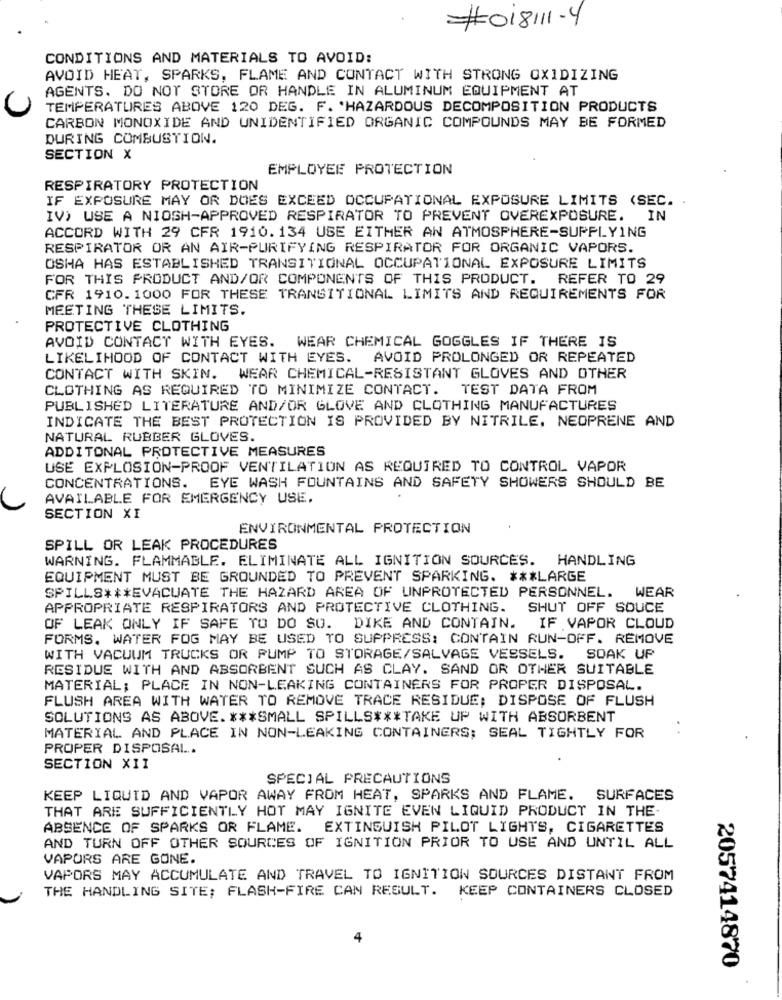
#018111-4
CONDITIONS AND MATERIALS TO AVOID:
AVOID HEAT, SPARKS, FLAME AND CONTACT WITH STRONG OXIDIZING
AGENTS. DO NOT STORE OR HANDLE IN ALUMINUM EQUIPMENT AT
TEMPERATURES ABOVE 120 DEG. F. 'HAZARDOUS DECOMPOSITION PRODUCTS
U
CARBON MONOXIDE AND UNIDENTIFIED ORGANIC COMPOUNDS MAY BE FORMED
DURING COMBUSTION.
SECTION X
EMPLOYEE PROTECTION
RESPIRATORY PROTECTION
IF EXPOSURE MAY OR DOES EXCEED OCCUPATIONAL EXPOSURE LIMITS (SEC. .
IV) USE A NIOSH-APPROVED RESPIRATOR TO PREVENT OVEREXPOSURE.
IN
ACCORD WITH 29 CFR 1910.134 USE EITHER AN ATMOSPHERE-SUPPLYING
RESPIRATOR OR AN AIR-PURIFYING RESPIRATOR FOR ORGANIC VAPORS.
OSHA HAS ESTABLISHED TRANSITIONAL OCCUPATIONAL EXPOSURE LIMITS
FOR THIS PRODUCT AND/OR COMPONENTS OF THIS PRODUCT. REFER TO 29
CFR 1910. 1000 FOR THESE TRANSITIONAL LIMITS AND REQUIREMENTS FOR
MEETING THESE LIMITS.
PROTECTIVE CLOTHING
WEAR CHEMICAL GOGGLES IF THERE IS
AVOID CONTACT WITH EYES.
LIKELIHOOD OF CONTACT WITH EYES. AVOID PROLONGED OR REPEATED
CONTACT WITH SKIN.
WEAR CHEMICAL-RESISTANT GLOVES AND OTHER
CLOTHING AS REQUIRED TO MINIMIZE CONTACT. TEST DATA FROM
PUBLISHED LITERATURE AND/OR GLOVE AND CLOTHING MANUFACTURES
INDICATE THE BEST PROTECTION IS PROVIDED BY NITRILE, NEOPRENE AND
NATURAL RUBBER GLOVES.
ADDITONAL PROTECTIVE MEASURES
USE EXPLOSION-PROOF VENTILATION AS REQUIRED TO CONTROL VAPOR
CONCENTRATIONS. EYE WASH FOUNTAINS AND SAFETY SHOWERS SHOULD BE
AVAILABLE FOR EMERGENCY USE.
SECTION XI
ENVIRONMENTAL PROTECTION
SPILL OR LEAK PROCEDURES
WARNING. FLAMMABLE. ELIMINATE ALL IGNITION SOURCES. HANDLING
EQUIPMENT MUST BE GROUNDED TO PREVENT SPARKING. *** LARGE
SPILLS *** EVACUATE THE HAZARD AREA OF UNPROTECTED PERSONNEL. WEAR
APPROPRIATE RESPIRATORS AND PROTECTIVE CLOTHING.
SHUT OFF SOUCE
OF LEAK ONLY IF SAFE TO DO SO. DIKE AND CONTAIN.
IF VAPOR CLOUD
FORMS. WATER FOG MAY BE USED TO SUPPRESS: CONTAIN RUN-OFF. REMOVE
WITH VACUUM TRUCKS OR PUMP TO STORAGE/SALVAGE VESSELS. SOAK UP
RESIDUE WITH AND ABSORBENT SUCH AS CLAY. SAND OR OTHER SUITABLE
MATERIAL; PLACE IN NON-LEAKING CONTAINERS FOR PROPER DISPOSAL.
FLUSH AREA WITH WATER TO REMOVE TRACE RESIDUE; DISPOSE OF FLUSH
SOLUTIONS AS ABOVE. *** SMALL SPILLS *** TAKE UP WITH ABSORBENT
MATERIAL AND PLACE IN NON-LEAKING CONTAINERS; SEAL TIGHTLY FOR
PROPER DISPOSAL.
SECTION XII
SPECIAL PRECAUTIONS
KEEP LIQUID AND VAPOR AWAY FROM HEAT, SPARKS AND FLAME. SURFACES
THAT ARE SUFFICIENTLY HOT MAY IGNITE EVEN LIQUID PRODUCT IN THE
ABSENCE OF SPARKS OR FLAME. EXTINGUISH PILOT LIGHTS, CIGARETTES
AND TURN OFF OTHER SOURCES OF IGNITION PRIOR TO USE AND UNTIL ALL
VAPORS ARE GONE.
VAPORS MAY ACCUMULATE AND TRAVEL TO IGNITION SOURCES DISTANT FROM
THE HANDLING SITE; FLASH-FIRE CAN RESULT. KEEP CONTAINERS CLOSED
4
2057414870